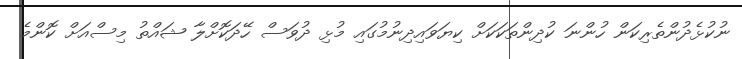
ނުކުޅެދުންތެރިކަން ހުންނަ ކުދިންތަކަކަށް ކިޔަވައިދިނުމުގައި މުޅި ދުވަސް ހޭދަކޮށްލާ ޝައްތު މިސްއަށް ކޮންމެ